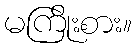
မကြိုးစား။